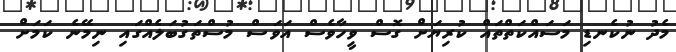
މެދު ނުކެނޑި މަސައްކަތްތައް ކުރިޔަށް ގޮސް ވީހާވެސް އަވަސް މުސްތަގުބަލެއްގައި ނިމޭނެ ކަމަށް